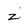
Character: z